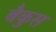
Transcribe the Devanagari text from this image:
बैकुस